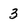
Character: 3